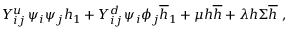
Y _ { i j } ^ { u } \, \psi _ { i } \psi _ { j } { h } _ { 1 } + Y _ { i j } ^ { d } \, \psi _ { i } \phi _ { j } { \overline { { { h } } } } _ { 1 } + { \mu } { h } { \overline { { { h } } } } + { \lambda } { h } { \Sigma } { \overline { { { h } } } } \ ,